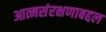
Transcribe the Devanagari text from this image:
आत्मसंरक्षणाबद्दल